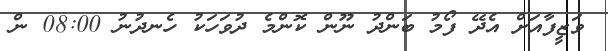
ވަޒީފާއަށް އެދޭ ފޯމު ބަންދު ނޫން ކޮންމެ ދުވަހަކު ހެނދުނު 08:00 ން